65_HS1-834228961_62-HQ-83894_Section_10
Agency: FBI
Page 133
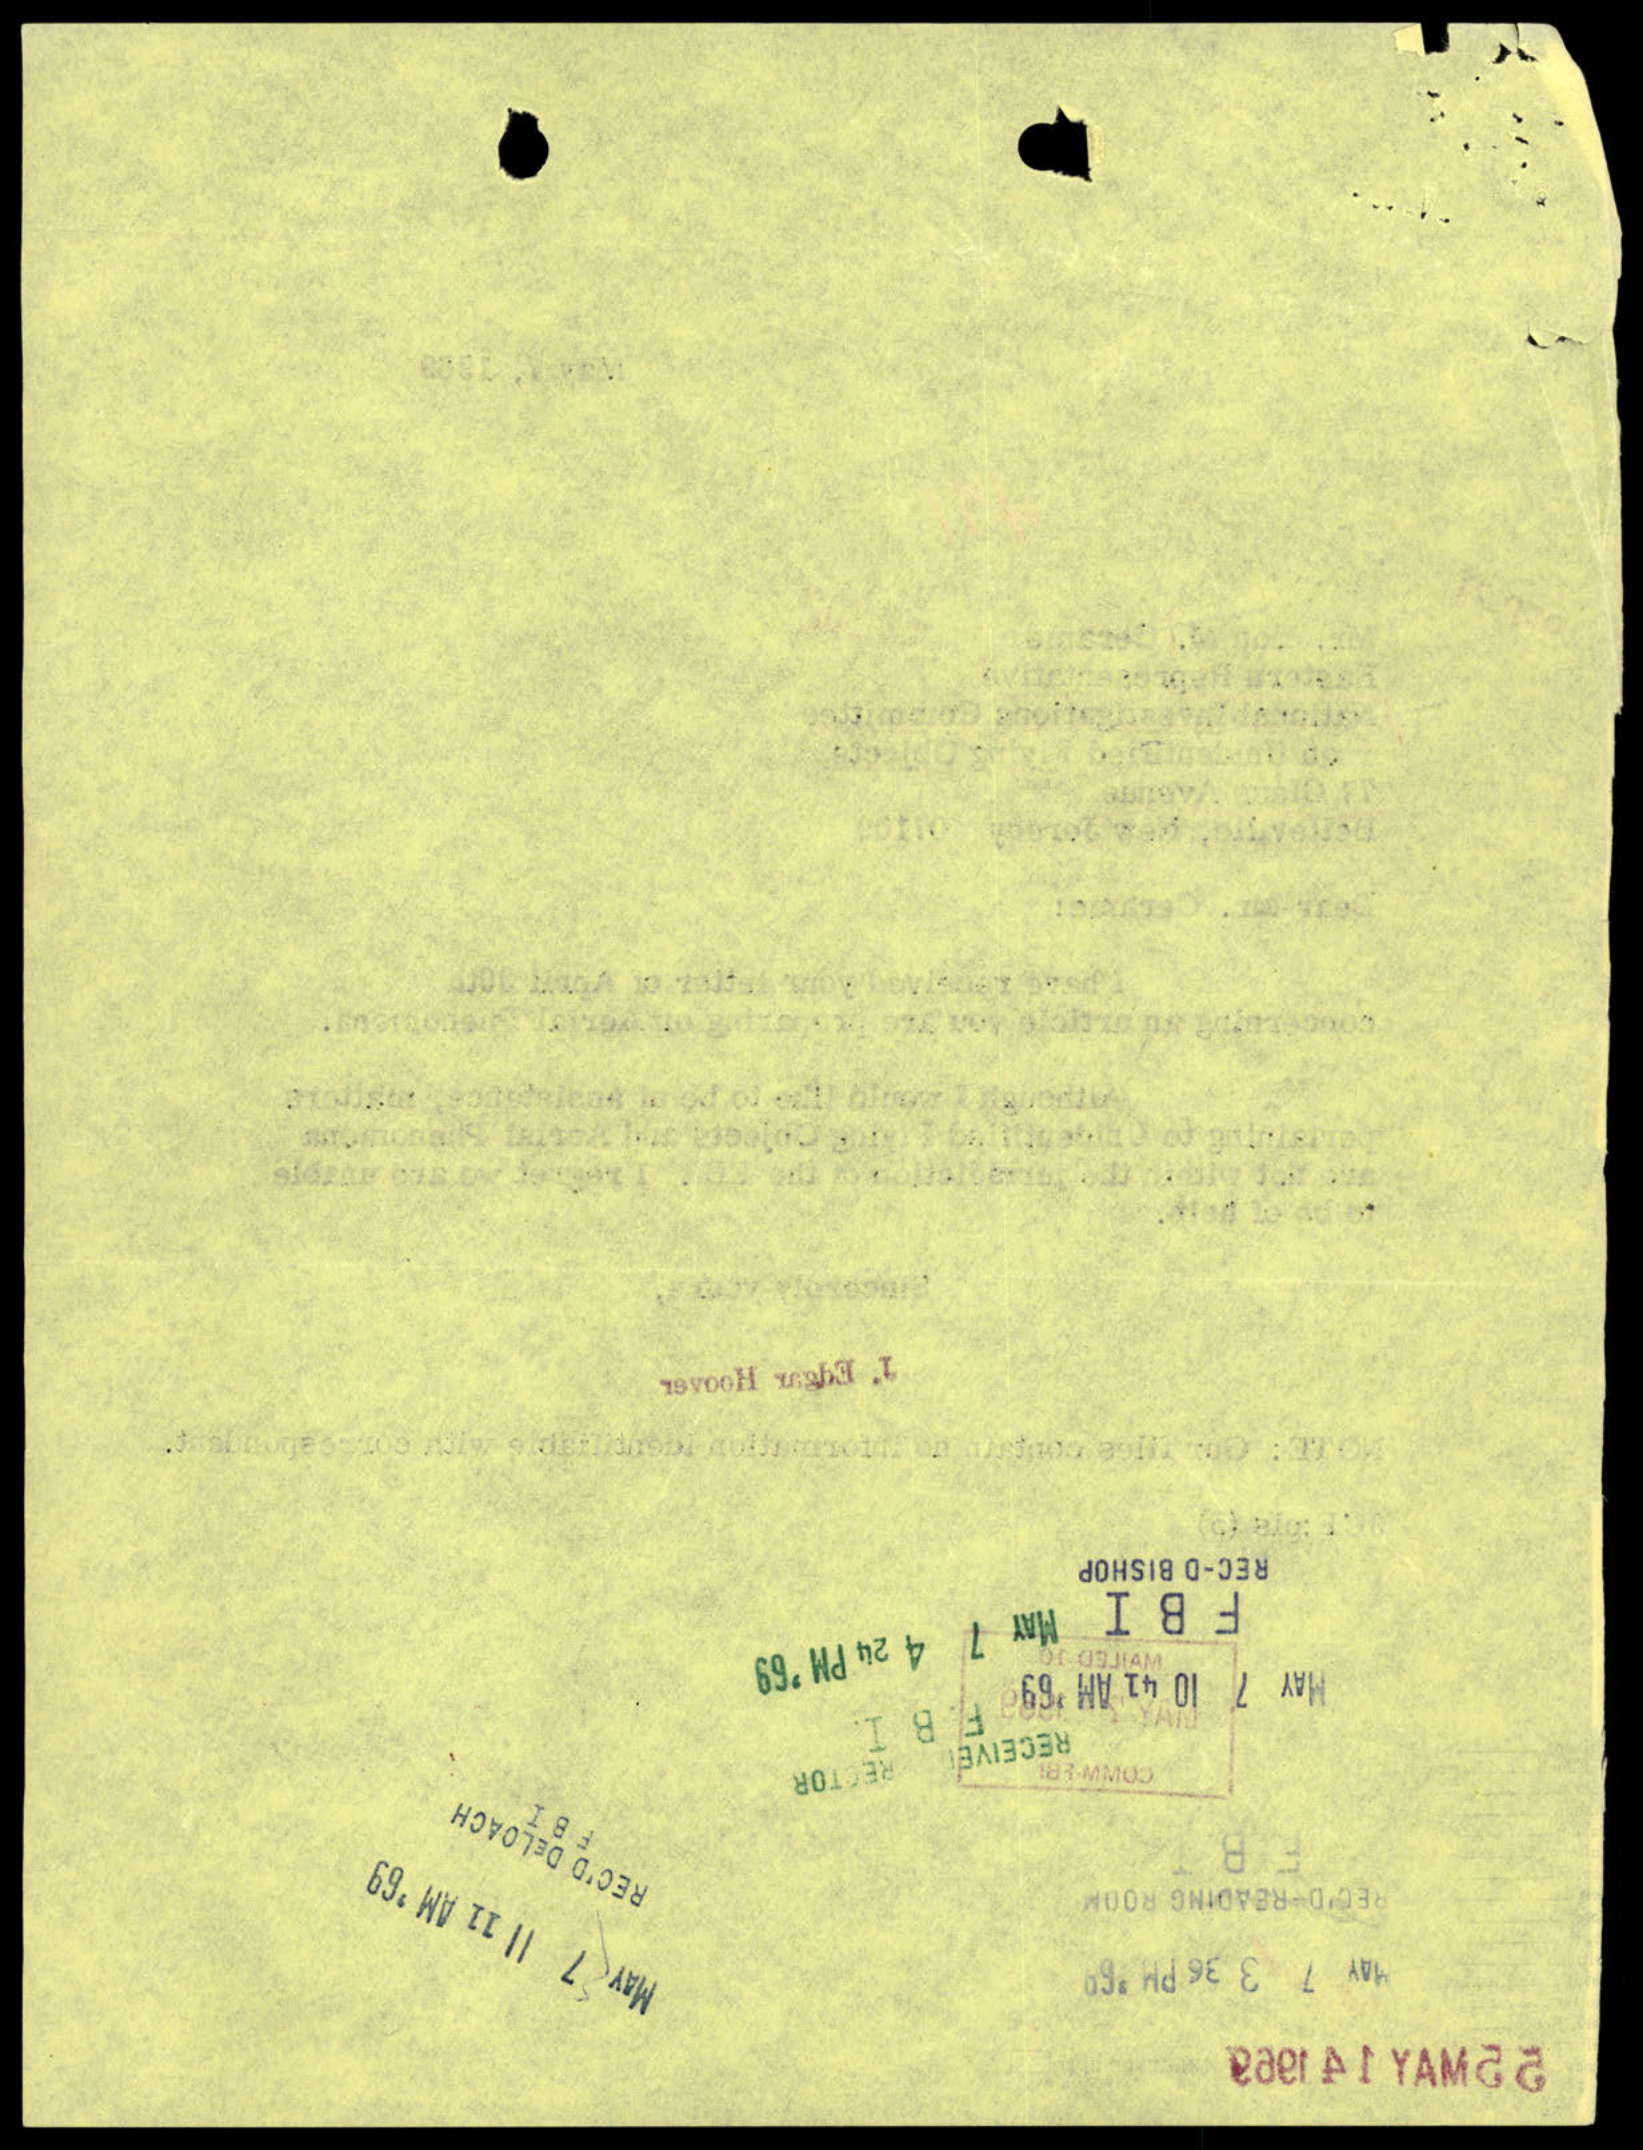